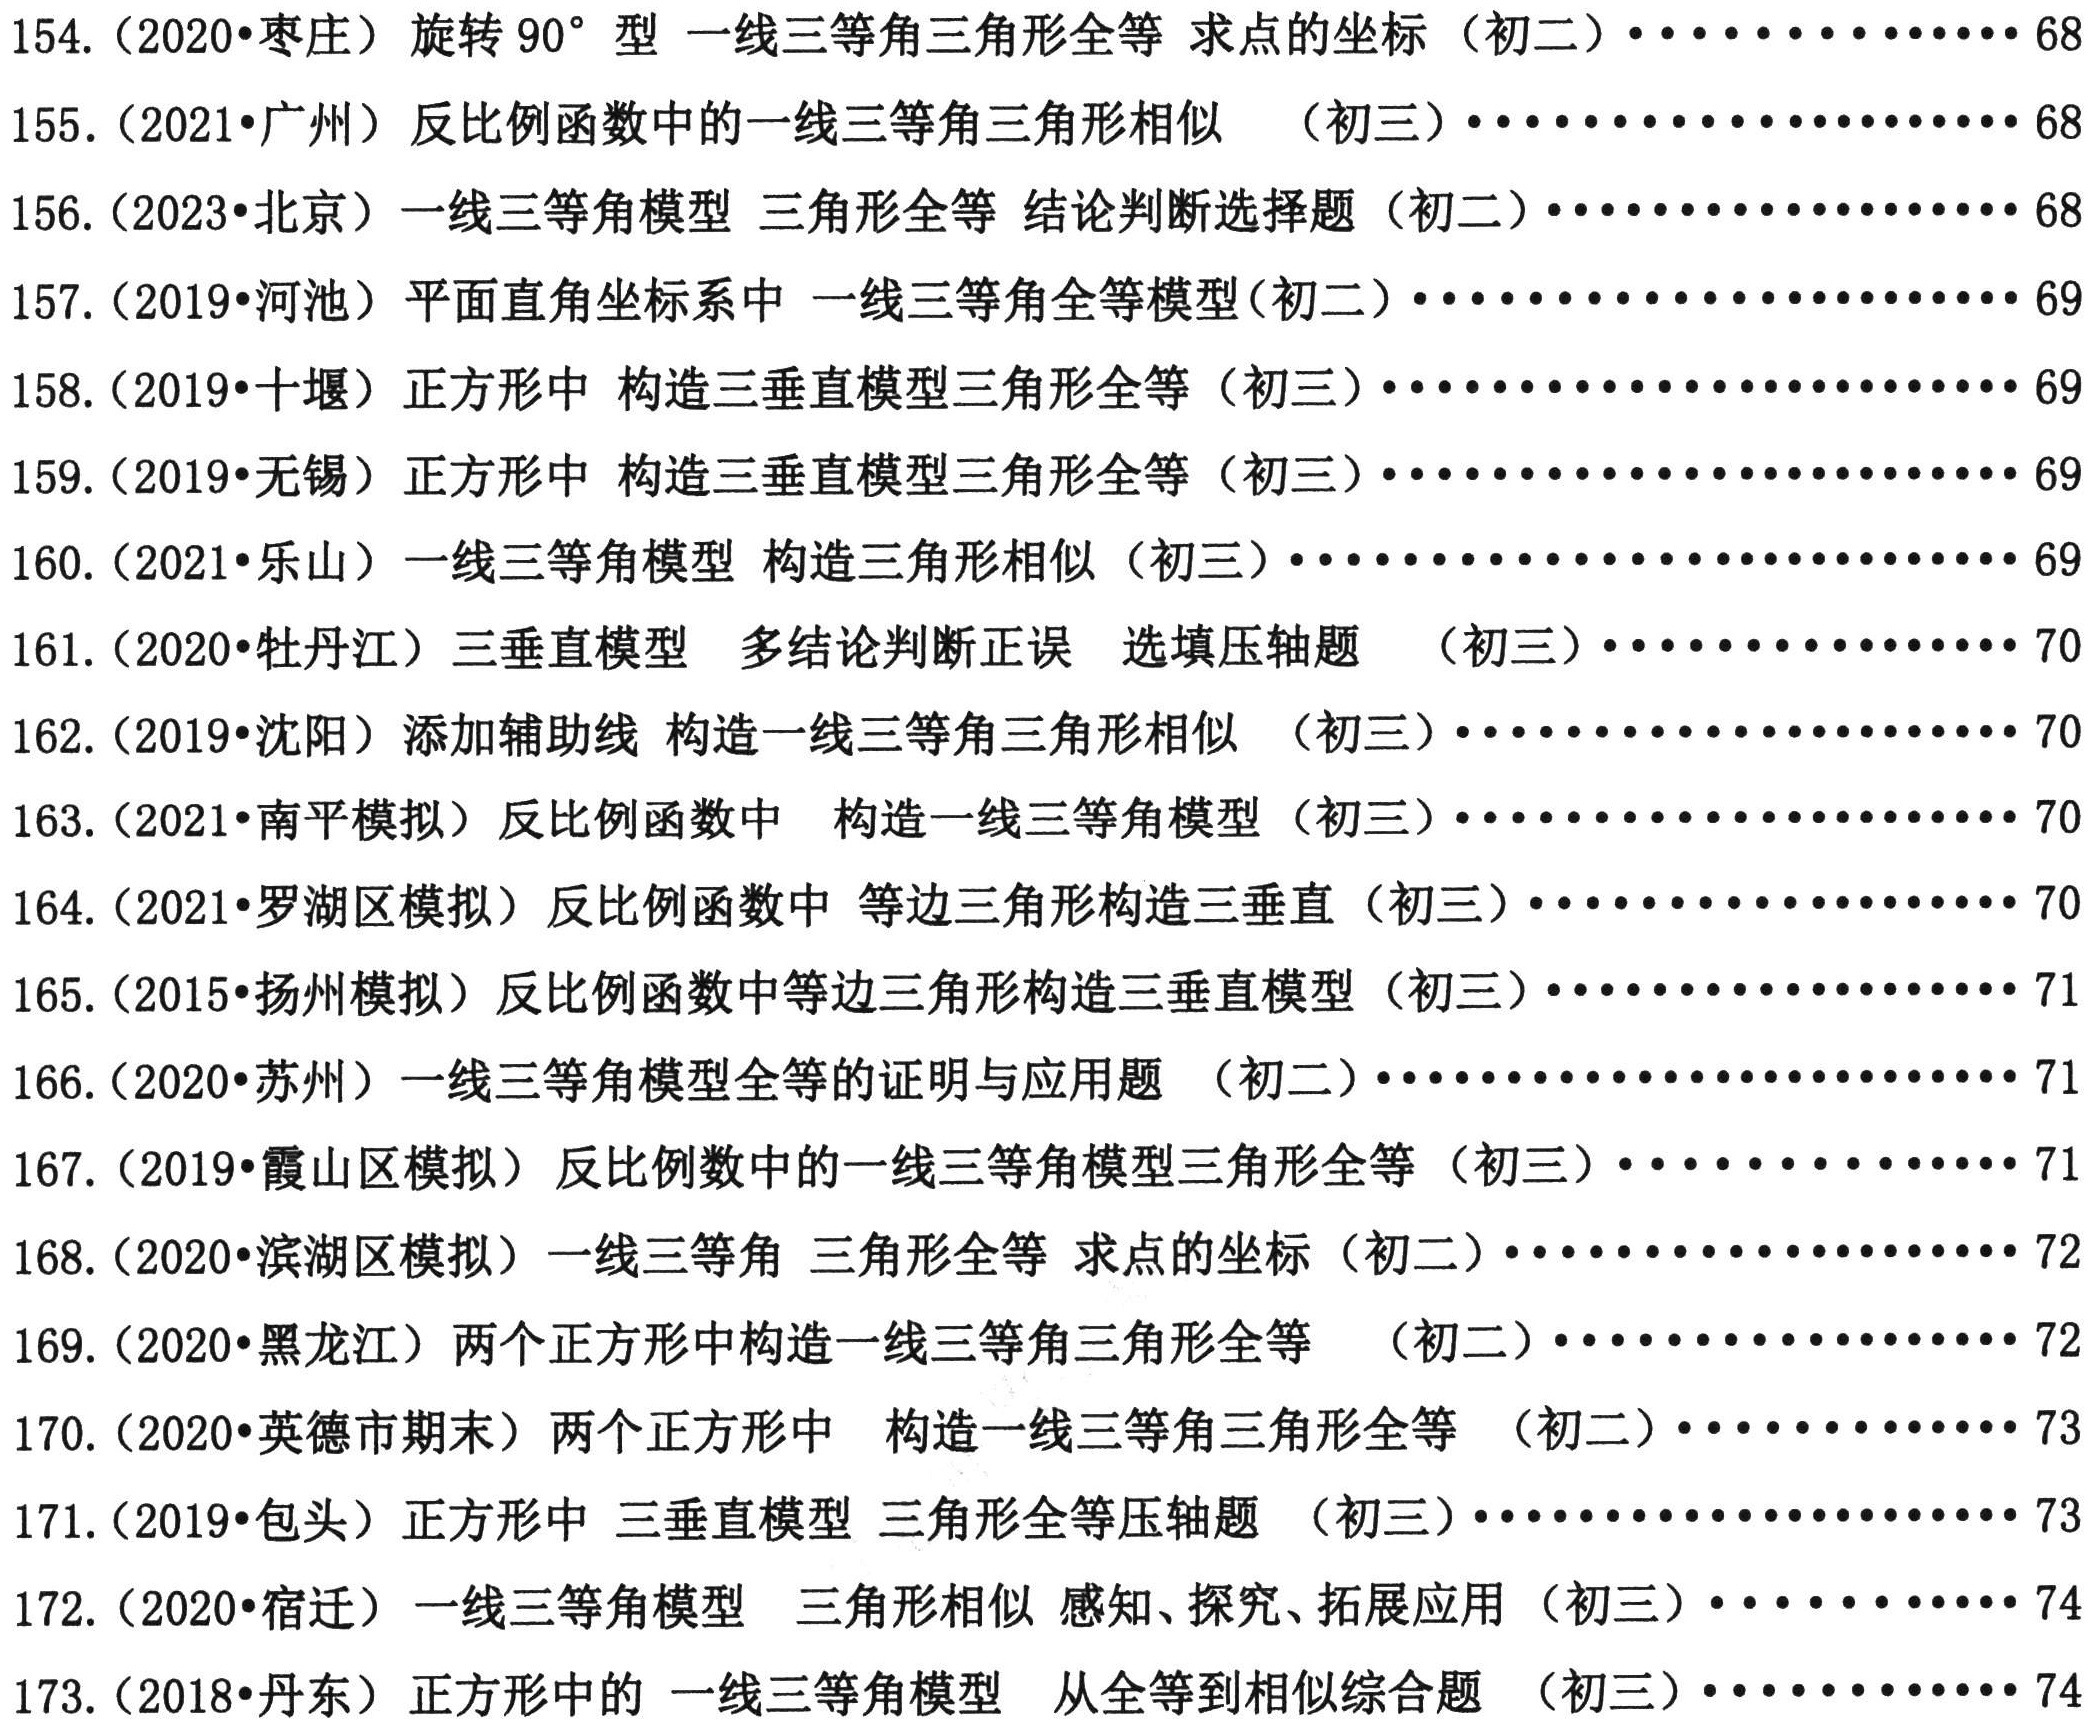
154. (2020•枣庄) 旋转 \(90^{\circ}\) 型 一线三等角三角形全等 求点的坐标（初二）\(\cdots\cdots\cdots\cdots 68\)
155. (2021•广州) 反比例函数中的一线三等角三角形相似 （初三）\(\cdots\cdots\cdots\cdots 68\)
156. (2023•北京) 一线三等角模型 三角形全等 结论判断选择题（初二）\(\cdots\cdots\cdots\cdots 68\)
157. (2019•河池) 平面直角坐标系中 一线三等角全等模型(初二)\(\cdots\cdots\cdots\cdots 69\)
158. (2019•十堰) 正方形中 构造三垂直模型三角形全等（初三）\(\cdots\cdots\cdots\cdots 69\)
159. (2021•乐山) 一线三等角模型 构造三角形相似（初三）\(\cdots\cdots\cdots\cdots 69\)
160. (2020•牡丹江) 三垂直模型 多结论判断正误 选填压轴题 （初三）\(\cdots\cdots\cdots\cdots 70\)
161. (2020•牡丹江) 三垂直模型 多结论判断正误 选填压轴题 （初三）\(\cdots\cdots\cdots\cdots 70\)
162. (2019•沈阳) 添加辅助线 构造一线三等角三角形相似 （初三）\(\cdots\cdots\cdots\cdots 70\)
163. (2021•南平模拟) 反比例函数中 构造一线三等角模型（初三）\(\cdots\cdots\cdots\cdots 70\)
164. (2021•罗湖区模拟) 反比例函数中 等边三角形构造三垂直（初三）\(\cdots\cdots\cdots\cdots 70\)
165. (2015•扬州模拟) 反比例函数中等边三角形构造三垂直模型（初三）\(\cdots\cdots\cdots\cdots 71\)
166. (2020•苏州) 一线三等角模型全等的证明与应用题 （初二）\(\cdots\cdots\cdots\cdots 71\)
167. (2019•霞山区模拟) 反比例函数中的一线三等角模型三角形全等（初三）\(\cdots\cdots\cdots\cdots 71\)
168. (2020•滨湖区模拟) 一线三等角 三角形全等 求点的坐标（初二）\(\cdots\cdots\cdots\cdots 72\)
169. (2020•黑龙江期末) 两个正方形中构造一线三等角三角形全等（初二）\(\cdots\cdots\cdots\cdots 72\)
170. (2020•英德市期末) 两个正方形中 构造一线三等角三角形全等（初二）\(\cdots\cdots\cdots\cdots 73\)
171. (2019•包头) 正方形中 三垂直模型 三角形全等压轴题（初三）\(\cdots\cdots\cdots\cdots 73\)
172. (2020•宿迁) 一线三等角模型 三角形相似 感知、探究、拓展应用（初三）\(\cdots\cdots\cdots 74\)
173. (2018•丹东) 正方形中的 一线三等角模型 从全等到相似综合题（初三）\(\cdots\cdots\cdots 74\)